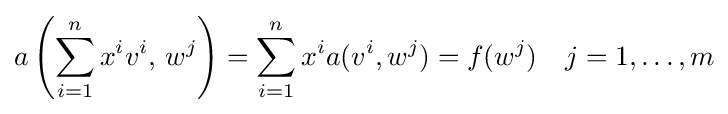
a\left(\sum _{i=1}^{n}x^{i}v^{i},\,w^{j}\right)=\sum _{i=1}^{n}x^{i}a(v^{i},w^{j})=f(w^{j})\quad j=1,\ldots ,m